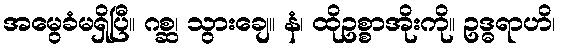
အမွေခံမရှိပြီ။ ဂစ္ဆ၊ သွားချေ။ နံ၊ ထိုဥစ္စာအိုးကို။ ဥဒ္ဓရာဟိ၊